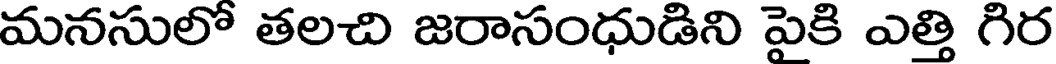
మనసులో తలచి జరాసంధుడిని పైకి ఎత్తి గిర